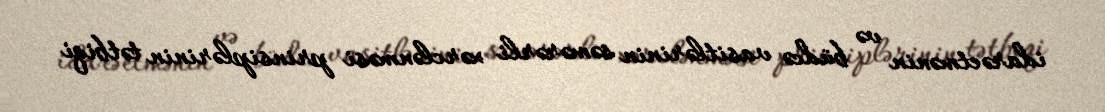
idarəetmənin və büdcə vasitlərinin səmərərli xərclənməsi prinsiplərinin tətbiqi